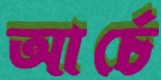
আর্চে